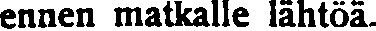
ennen matkalle lähtöä.